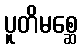
ပူတိမစ္ဆေ